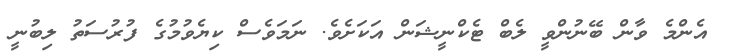
އެންމެ ވާން ބޭނުންވީ ލެބް ޓެކްނީޝަން އަކަށެވެ. ނަމަވެސް ކިޔެވުމުގެ ފުރުސަތު ލިބުނީ